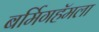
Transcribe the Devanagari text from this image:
बर्मिगहॅमला